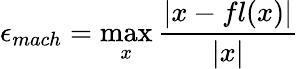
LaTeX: \epsilon_{mach}=\operatorname*{max}_{x}{\frac{|x-fl(x)|}{|x|}}